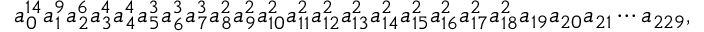
a _ { 0 } ^ { 1 4 } a _ { 1 } ^ { 9 } a _ { 2 } ^ { 6 } a _ { 3 } ^ { 4 } a _ { 4 } ^ { 4 } a _ { 5 } ^ { 3 } a _ { 6 } ^ { 3 } a _ { 7 } ^ { 3 } a _ { 8 } ^ { 2 } a _ { 9 } ^ { 2 } a _ { 1 0 } ^ { 2 } a _ { 1 1 } ^ { 2 } a _ { 1 2 } ^ { 2 } a _ { 1 3 } ^ { 2 } a _ { 1 4 } ^ { 2 } a _ { 1 5 } ^ { 2 } a _ { 1 6 } ^ { 2 } a _ { 1 7 } ^ { 2 } a _ { 1 8 } ^ { 2 } a _ { 1 9 } a _ { 2 0 } a _ { 2 1 } \cdots a _ { 2 2 9 } ,